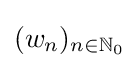
{\textstyle (w_{n})_{n\in \mathbb {N} _{0}}}